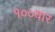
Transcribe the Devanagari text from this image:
१००बार